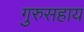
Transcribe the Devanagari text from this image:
गुरुसहाय